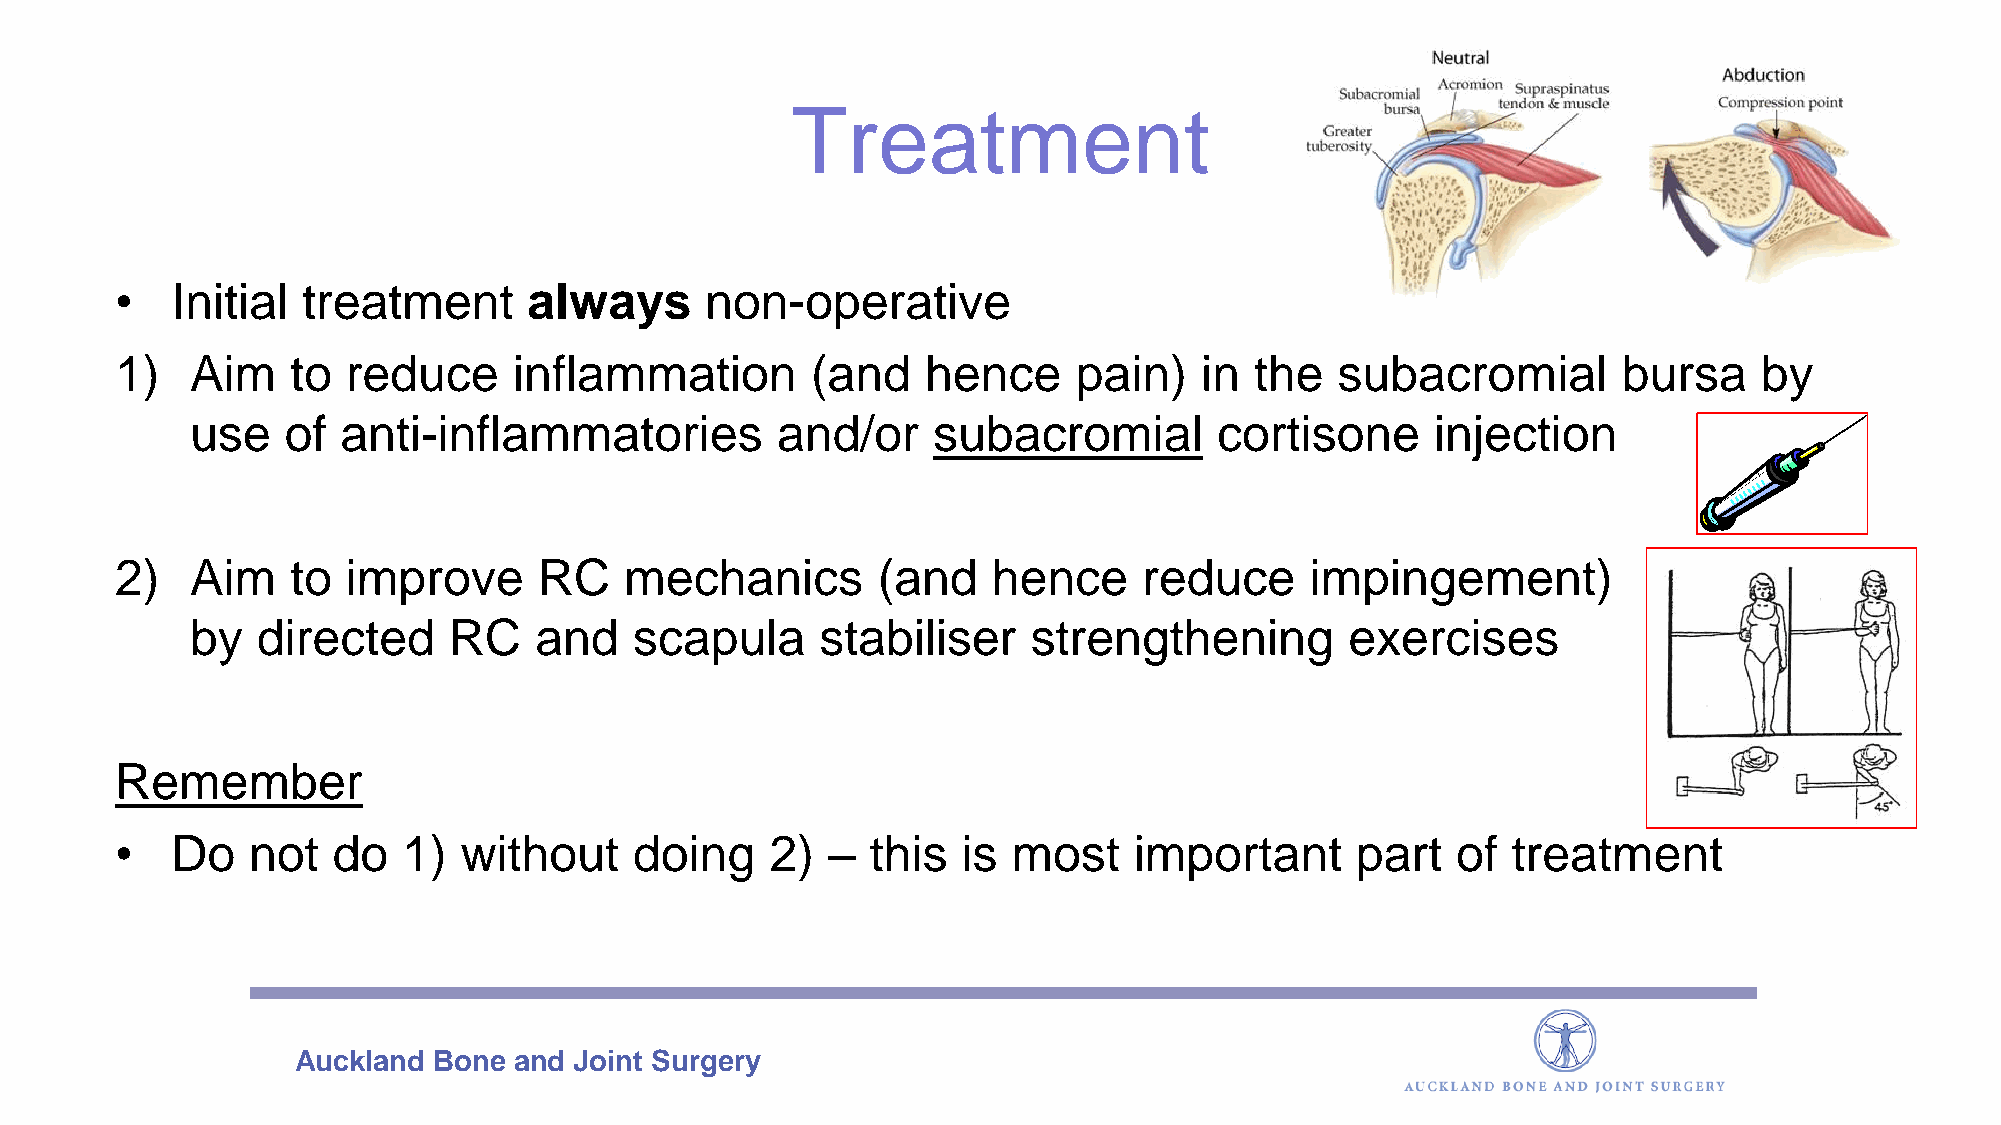
Treatment
 •  Initial  treatment      always      non-operative
 1)   Aim   to  reduce     inflammation        (and   hence     pain)   in  the   subacromial       bursa     by
 use   of  anti-inflammatories         and/or     subacromial        cortisone     injection
 2)   Aim   to  improve      RC   mechanics        (and    hence     reduce     impingement)
 by  directed     RC   and    scapula     stabiliser    strengthening        exercises
 Remember
 •  Do   not   do   1) without     doing    2)  –  this  is most    important      part  of  treatment
 Auckland  Bone and Joint Surgery